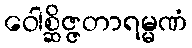
ဝေါစ္ဆိဇ္ဇတာရမ္မဏံ